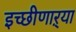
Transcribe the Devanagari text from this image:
इच्छीणाऱ्या